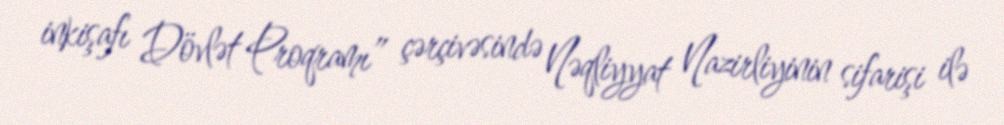
inkişafı Dövlət Proqramı” çərçivəsində Nəqliyyat Nazirliyinin sifarişi ilə